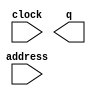
// megafunction wizard: %ROM: 1-PORT%VBB%
// GENERATION: STANDARD
// VERSION: WM1.0
// MODULE: altsyncram 

// ============================================================
// Megafunction Name(s):
// 			altsyncram
//
// Simulation Library Files(s):
// 			altera_mf
// ============================================================
// ************************************************************
// THIS IS A WIZARD-GENERATED FILE. DO NOT EDIT THIS FILE!
//
// 16.0.0 Build 211 04/27/2016 SJ Lite Edition
// ************************************************************

//Copyright (C) 1991-2016 Altera Corporation. All rights reserved.
//Your use of Altera Corporation's design tools, logic functions 
//and other software and tools, and its AMPP partner logic 
//functions, and any output files from any of the foregoing 
//(including device programming or simulation files), and any 
//associated documentation or information are expressly subject 
//to the terms and conditions of the Altera Program License 
//Subscription Agreement, the Altera Quartus Prime License Agreement,
//the Altera MegaCore Function License Agreement, or other 
//applicable license agreement, including, without limitation, 
//that your use is for the sole purpose of programming logic 
//devices manufactured by Altera and sold by Altera or its 
//authorized distributors.  Please refer to the applicable 
//agreement for further details.

module imem (
	address,
	clock,
	q);

	input	[11:0]  address;
	input	  clock;
	output	[31:0]  q;
`ifndef ALTERA_RESERVED_QIS
// synopsys translate_off
`endif
	tri1	  clock;
`ifndef ALTERA_RESERVED_QIS
// synopsys translate_on
`endif

endmodule

// ============================================================
// CNX file retrieval info
// ============================================================
// Retrieval info: PRIVATE: ADDRESSSTALL_A NUMERIC "0"
// Retrieval info: PRIVATE: AclrAddr NUMERIC "0"
// Retrieval info: PRIVATE: AclrByte NUMERIC "0"
// Retrieval info: PRIVATE: AclrOutput NUMERIC "0"
// Retrieval info: PRIVATE: BYTE_ENABLE NUMERIC "0"
// Retrieval info: PRIVATE: BYTE_SIZE NUMERIC "8"
// Retrieval info: PRIVATE: BlankMemory NUMERIC "0"
// Retrieval info: PRIVATE: CLOCK_ENABLE_INPUT_A NUMERIC "0"
// Retrieval info: PRIVATE: CLOCK_ENABLE_OUTPUT_A NUMERIC "0"
// Retrieval info: PRIVATE: Clken NUMERIC "0"
// Retrieval info: PRIVATE: IMPLEMENT_IN_LES NUMERIC "0"
// Retrieval info: PRIVATE: INIT_FILE_LAYOUT STRING "PORT_A"
// Retrieval info: PRIVATE: INIT_TO_SIM_X NUMERIC "0"
// Retrieval info: PRIVATE: INTENDED_DEVICE_FAMILY STRING "Cyclone IV E"
// Retrieval info: PRIVATE: JTAG_ENABLED NUMERIC "0"
// Retrieval info: PRIVATE: JTAG_ID STRING "NONE"
// Retrieval info: PRIVATE: MAXIMUM_DEPTH NUMERIC "0"
// Retrieval info: PRIVATE: MIFfilename STRING "halfTestCases.mif"
// Retrieval info: PRIVATE: NUMWORDS_A NUMERIC "4096"
// Retrieval info: PRIVATE: RAM_BLOCK_TYPE NUMERIC "0"
// Retrieval info: PRIVATE: RegAddr NUMERIC "1"
// Retrieval info: PRIVATE: RegOutput NUMERIC "1"
// Retrieval info: PRIVATE: SYNTH_WRAPPER_GEN_POSTFIX STRING "0"
// Retrieval info: PRIVATE: SingleClock NUMERIC "1"
// Retrieval info: PRIVATE: UseDQRAM NUMERIC "0"
// Retrieval info: PRIVATE: WidthAddr NUMERIC "12"
// Retrieval info: PRIVATE: WidthData NUMERIC "32"
// Retrieval info: PRIVATE: rden NUMERIC "0"
// Retrieval info: LIBRARY: altera_mf altera_mf.altera_mf_components.all
// Retrieval info: CONSTANT: ADDRESS_ACLR_A STRING "NONE"
// Retrieval info: CONSTANT: CLOCK_ENABLE_INPUT_A STRING "BYPASS"
// Retrieval info: CONSTANT: CLOCK_ENABLE_OUTPUT_A STRING "BYPASS"
// Retrieval info: CONSTANT: INIT_FILE STRING "halfTestCases.mif"
// Retrieval info: CONSTANT: INTENDED_DEVICE_FAMILY STRING "Cyclone IV E"
// Retrieval info: CONSTANT: LPM_HINT STRING "ENABLE_RUNTIME_MOD=NO"
// Retrieval info: CONSTANT: LPM_TYPE STRING "altsyncram"
// Retrieval info: CONSTANT: NUMWORDS_A NUMERIC "4096"
// Retrieval info: CONSTANT: OPERATION_MODE STRING "ROM"
// Retrieval info: CONSTANT: OUTDATA_ACLR_A STRING "NONE"
// Retrieval info: CONSTANT: OUTDATA_REG_A STRING "CLOCK0"
// Retrieval info: CONSTANT: WIDTHAD_A NUMERIC "12"
// Retrieval info: CONSTANT: WIDTH_A NUMERIC "32"
// Retrieval info: CONSTANT: WIDTH_BYTEENA_A NUMERIC "1"
// Retrieval info: USED_PORT: address 0 0 12 0 INPUT NODEFVAL "address[11..0]"
// Retrieval info: USED_PORT: clock 0 0 0 0 INPUT VCC "clock"
// Retrieval info: USED_PORT: q 0 0 32 0 OUTPUT NODEFVAL "q[31..0]"
// Retrieval info: CONNECT: @address_a 0 0 12 0 address 0 0 12 0
// Retrieval info: CONNECT: @clock0 0 0 0 0 clock 0 0 0 0
// Retrieval info: CONNECT: q 0 0 32 0 @q_a 0 0 32 0
// Retrieval info: GEN_FILE: TYPE_NORMAL imem.v TRUE
// Retrieval info: GEN_FILE: TYPE_NORMAL imem.inc FALSE
// Retrieval info: GEN_FILE: TYPE_NORMAL imem.cmp FALSE
// Retrieval info: GEN_FILE: TYPE_NORMAL imem.bsf FALSE
// Retrieval info: GEN_FILE: TYPE_NORMAL imem_inst.v FALSE
// Retrieval info: GEN_FILE: TYPE_NORMAL imem_bb.v TRUE
// Retrieval info: LIB_FILE: altera_mf